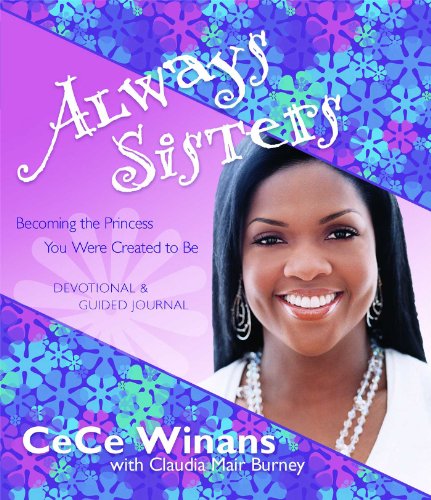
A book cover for Always Sisters: Becoming the Princess You Were Created to Be; CeCe Winans; Teen & Young Adult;